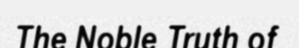
The Noble Truth of